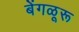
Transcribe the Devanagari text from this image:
बेंगळूरू